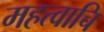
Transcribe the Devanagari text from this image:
महत्वाचि